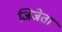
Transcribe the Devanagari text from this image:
जिजेता